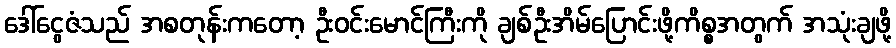
ဒေါ်ငွေဇံသည် အစတုန်းကတော့ ဦးဝင်းမောင်ကြီးကို ချစ်ဦးအိမ်ပြောင်းဖို့ကိစ္စအတွက် အသုံးချဖို့